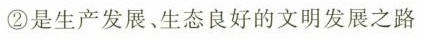
②是生产发展、生态良好的文明发展之路